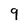
Character: 9